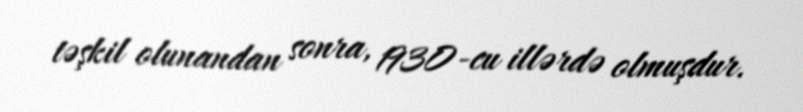
təşkil olunandan sonra, 1930-cu illərdə olmuşdur.